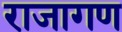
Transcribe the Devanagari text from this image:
राजागण